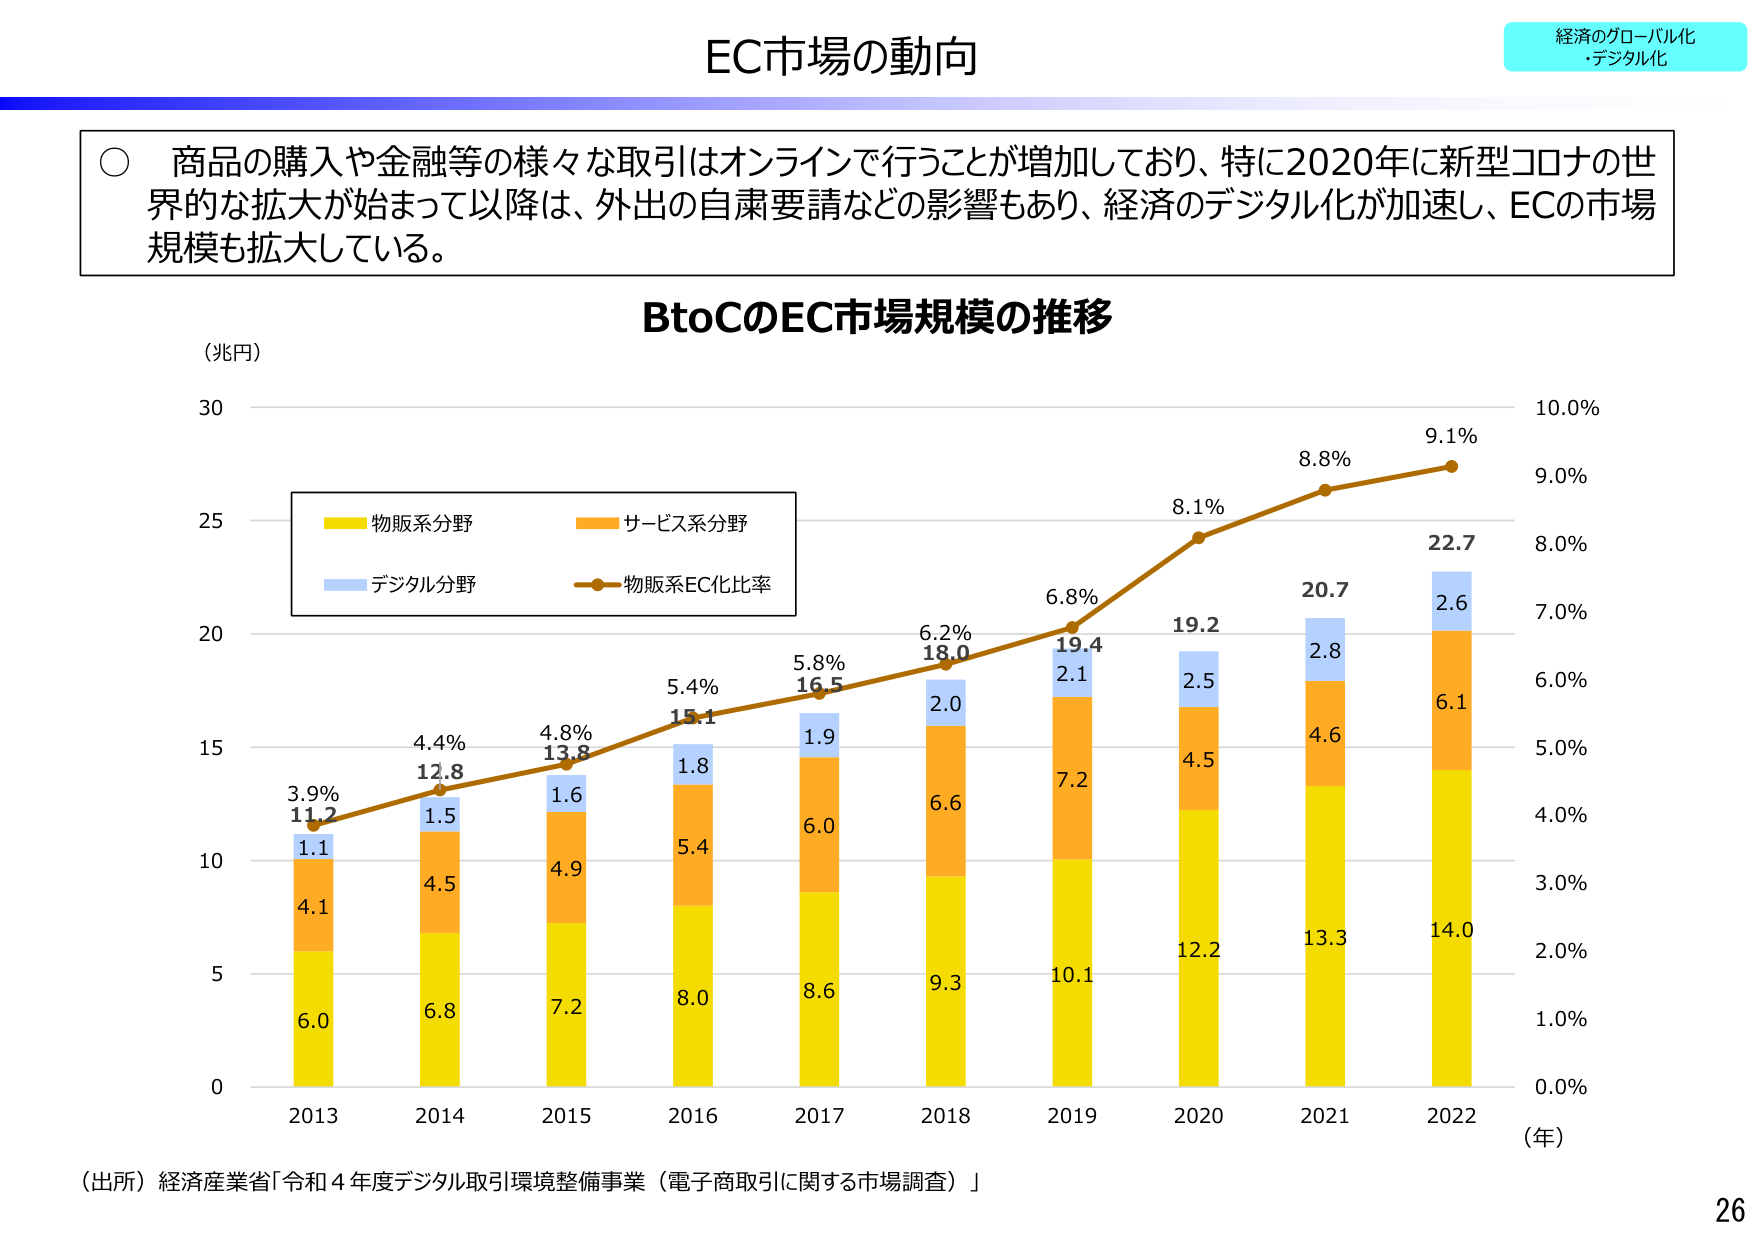
EC市場の動向

経済のグローバル化
・デジタル化

○ 商品の購入や金融等の様々な取引はオンラインで行うことが増加しており、特に2020年に新型コロナの世界的な拡大が始まって以降は、外出の自粛要請などの影響もあり、経済のデジタル化が加速し、ECの市場規模も拡大している。

BtoCのEC市場規模の推移

(兆円)

物販系分野
サービス系分野
デジタル分野
物販系EC化比率

3.9%
11.2
1.1
4.1
6.0

4.4%
12.8
1.5
4.5
6.8

4.8%
13.8
1.6
4.9
7.2

5.4%
15.1
1.8
5.4
8.0

5.8%
16.5
1.9
6.0
8.6

6.2%
18.0
2.0
6.6
9.3

6.8%
19.4
2.1
7.2
10.1

8.1%
19.2
2.5
4.5
12.2

8.8%
20.7
2.8
4.6
13.3

9.1%
22.7
2.6
6.1
14.0

0
5
10
15
20
25
30

0.0%
1.0%
2.0%
3.0%
4.0%
5.0%
6.0%
7.0%
8.0%
9.0%
10.0%

2013
2014
2015
2016
2017
2018
2019
2020
2021
2022

(年)

（出所）経済産業省「令和４年度デジタル取引環境整備事業（電子商取引に関する市場調査）」

26